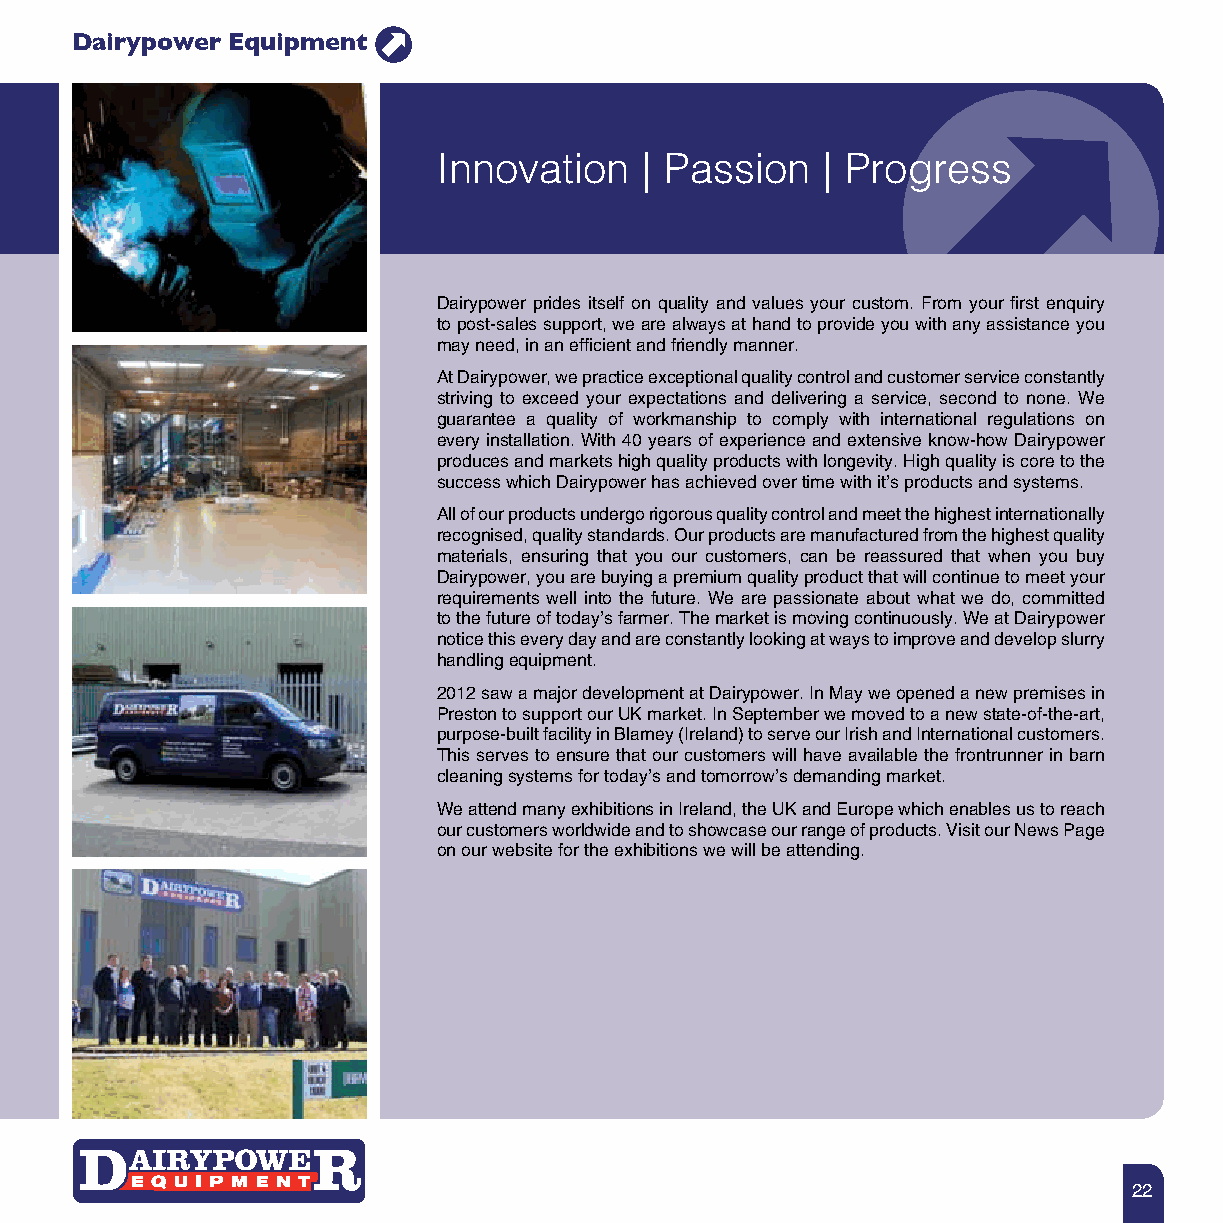
Dairypower Equipment
 Innovation    | Passion  | Progress
 Dairypower prides itself on quality and values your custom. From your first enquiry
 to post-sales support, we are always at hand to provide you with any assistance you
 may need, in an efficient and friendly manner.
 At Dairypower, we practice exceptional quality control and customer service constantly
 striving to exceed your expectations and delivering a service, second to none. We
 guarantee a quality of workmanship to comply with international regulations on
 every installation. With 40 years of experience and extensive know-how Dairypower
 produces and markets high quality products with longevity. High quality is core to the
 success which Dairypower has achieved over time with it’s products and systems.
 All of our products undergo rigorous quality control and meet the highest internationally
 recognised, quality standards. Our products are manufactured from the highest quality
 materials, ensuring that you our customers, can be reassured that when you buy
 Dairypower, you are buying a premium quality product that will continue to meet your
 requirements well into the future. We are passionate about what we do, committed
 to the future of today’s farmer. The market is moving continuously. We at Dairypower
 notice this every day and are constantly looking at ways to improve and develop slurry
 handling equipment.
 2012 saw a major development at Dairypower. In May we opened a new premises in
 Preston to support our UK market. In September we moved to a new state-of-the-art,
 purpose-built facility in Blarney (Ireland) to serve our Irish and International customers.
 This serves to ensure that our customers will have available the frontrunner in barn
 cleaning systems for today’s and tomorrow’s demanding market.
 We attend many exhibitions in Ireland, the UK and Europe which enables us to reach
 our customers worldwide and to showcase our range of products. Visit our News Page
 on our website for the exhibitions we will be attending.
 22